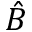
\hat { B }